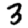
Digit: 3